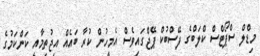
މިޑްލް ސްޕޯޓްސް ކްލަބްގެ ފޭސްބުކް ޕޭޖްގައިވެސް އެމީހުން ކުރާ ބައެއް އިޖުތިމާއީ ކަންކަމުގެ